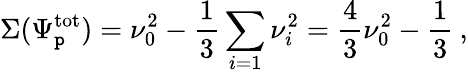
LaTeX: \Sigma(\Psi_{\mathtt{p}}^{\mathrm{{tot}}})=\nu_{0}^{2}-\frac{{1}}{{3}}\sum_{i=1}\nu_{i}^{2}=\frac{{4}}{{3}}\nu_{0}^{2}-\frac{{1}}{{3}}\: ,